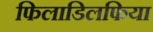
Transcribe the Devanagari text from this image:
फिलाडिलफिया